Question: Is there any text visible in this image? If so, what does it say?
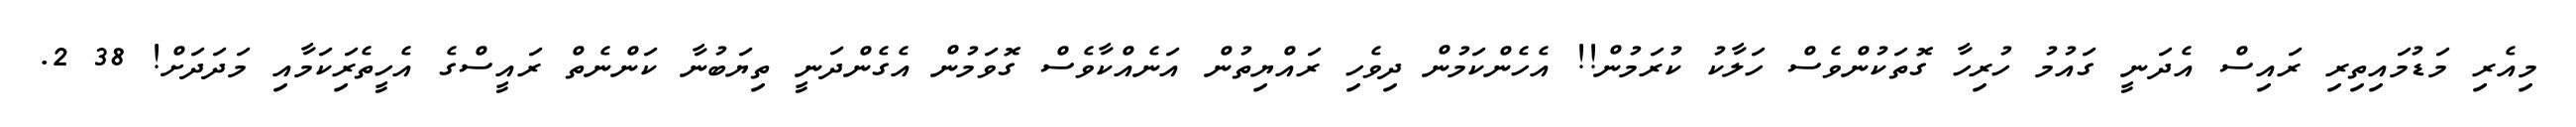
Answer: މިއެރި މަޑުމައިތިރި ރައިސް އެދަނީ ގައުމު ހުރިހާ ގޮތަކުންވެސް ހަލާކު ކުރަމުން!! އެހެންކަމުން ދިވެހި ރައްޔިތުން އަނެއްކާވެސް ގޮވަމުން އެގެންދަނީ ތިޔަބުނާ ކަންނެތް ރައީސްގެ އެހީތެރިަކަމާއި މަދަދަށް! 38 2.